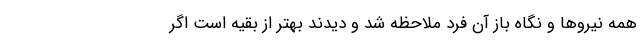
همه نیروها و نگاه باز آن فرد ملاحظه شد و دیدند بهتر از بقیه است اگر